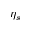
\eta _ { s }